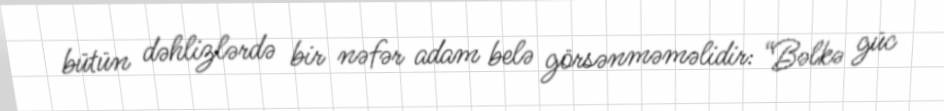
bütün dəhlizlərdə bir nəfər adam belə görsənməməlidir: “Bəlkə güc